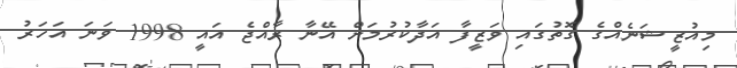
މިއުޒީޝަނެއްގެ ގޮތުގައި ވަޒީފާ އަދާކުރުމަށް އޭނާ ރާއްޖެ އައީ 1998 ވަނަ އަހަރު